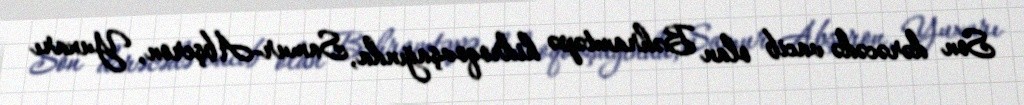
Son dərəcədə vacib olan Bəhramtəpə hidroqovşağında, Samur-Abşeron, Yuxarı